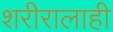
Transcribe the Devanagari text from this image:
शरीरालाही